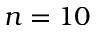
n = 1 0